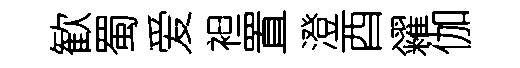
歓蜀爱袒置澄酉糴伽